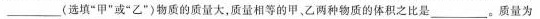
___(选填”甲”或”乙”)物质的质量大，质量相等的甲、乙两种物质的体积之比是___。质量为